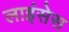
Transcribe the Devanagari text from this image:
लाइंसेस